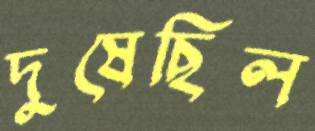
দুষেছিল